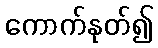
ကောက်နုတ်၍